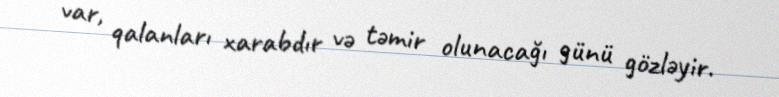
var, qalanları xarabdır və təmir olunacağı günü gözləyir.